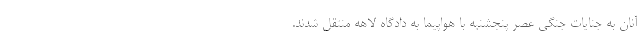
آنان به جنایات جنگی عصر پنجشنبه با هواپیما به دادگاه لاهه منتقل شدند.